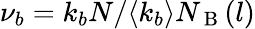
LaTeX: \nu_{b}=k_{b}N/\langle k_{b}\rangle N_{\mathrm{~B~}}(l)